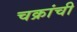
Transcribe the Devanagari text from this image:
चक्रांची